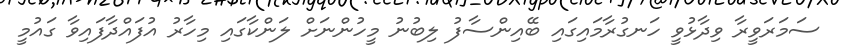
ސަމަރަވީރާ ވިދާޅުވީ ހަނގުރާމައިގައި ބޭއިންސާފު ލިބުނު މީހުންނަށް ލަންކާގައި މިހާރު އުފައްދާފައިވާ ގައުމީ